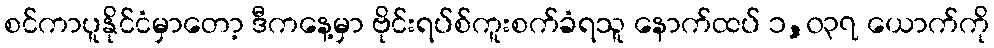
စင်ကာပူနိုင်ငံမှာတော့ ဒီကနေ့မှာ ဗိုင်းရပ်စ်ကူးစက်ခံရသူ နောက်ထပ် ၁,၀၃၇ ယောက်ကို